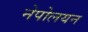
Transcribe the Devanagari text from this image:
नेपोलयन